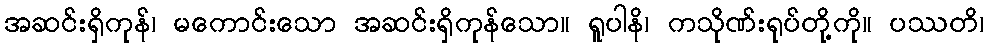
အဆင်းရှိကုန်၊ မကောင်းသော အဆင်းရှိကုန်သော။ ရူပါနိ၊ ကသိုဏ်းရုပ်တို့ကို။ ပဿတိ၊